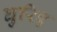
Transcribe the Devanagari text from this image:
घुरिए